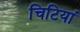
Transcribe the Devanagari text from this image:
चिटियां